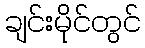
ချင်းမိုင်တွင်